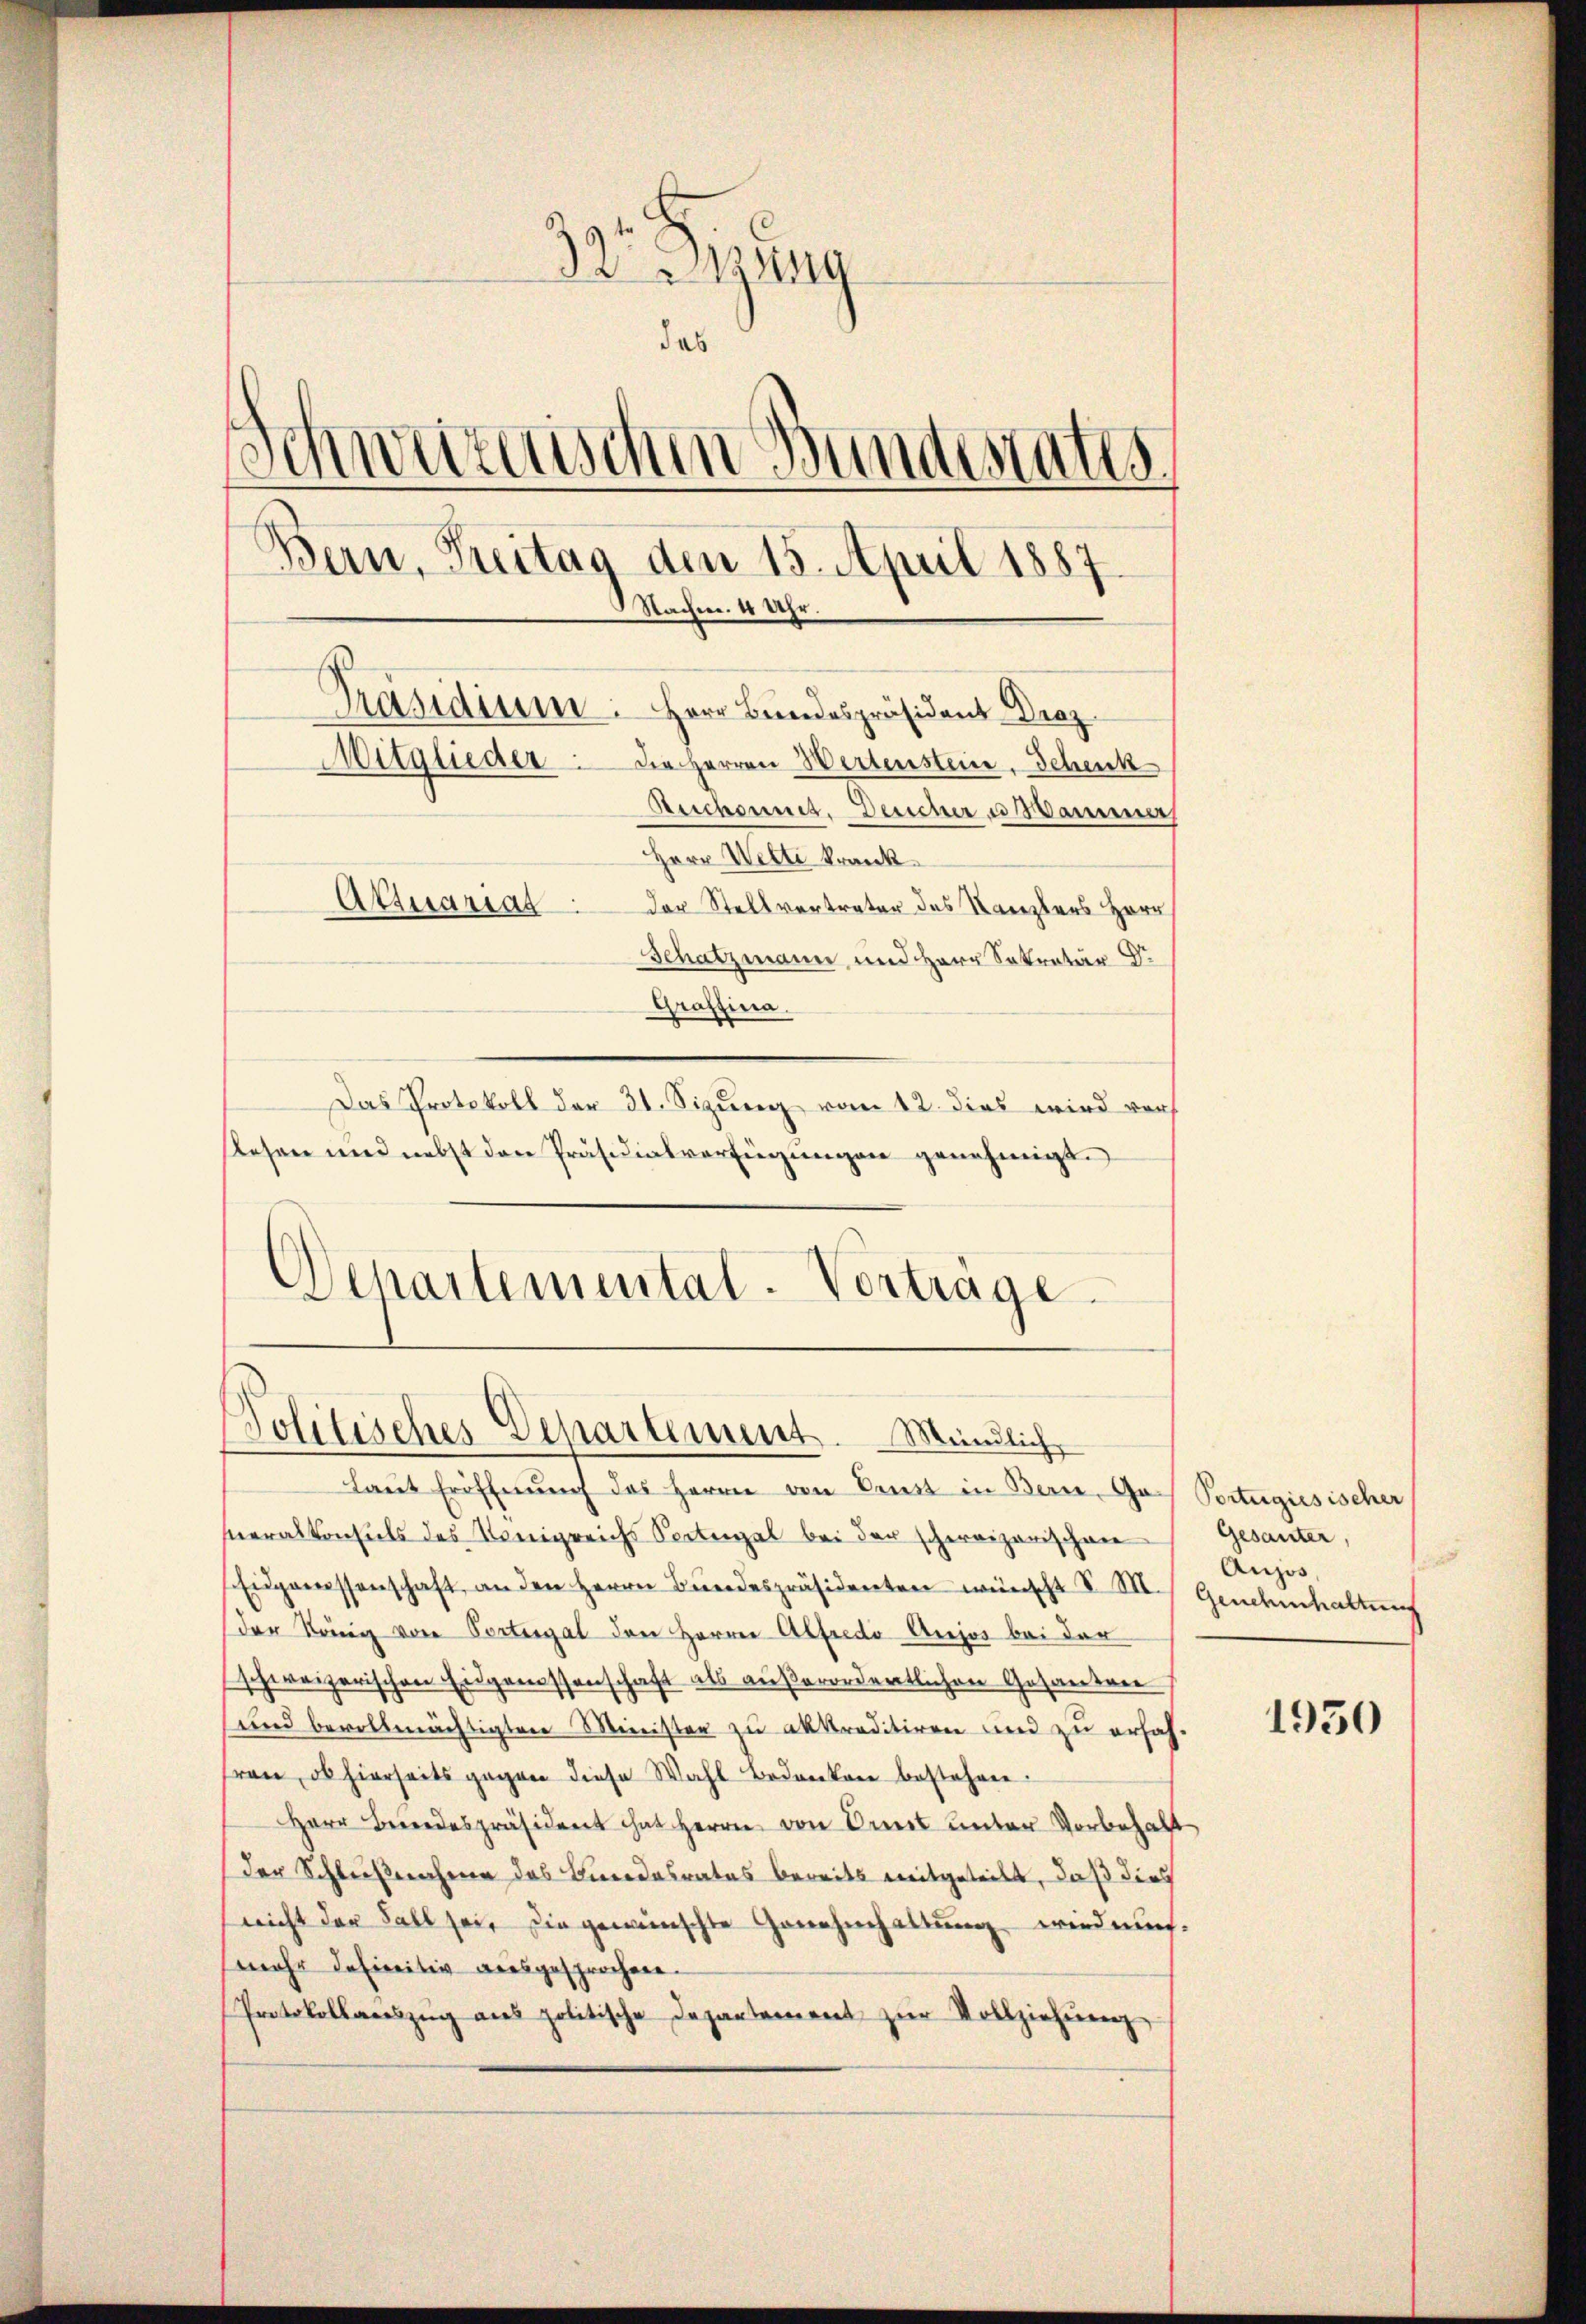
32 Firung
das
Schweizerischen Bundestatis
Bern, Treitag dem 15. April 1887.
Nachm. 4 Uhr.
Präsidium. Herr Bundespräsident Droz.
Mitglieder die Herren Wertenstein, Schenk
Suchennet. Deucher u Sammer
Herr Welti krank
Attuarias
der Stellvertreter des Kanzlers Herr
Schatzmann und Herr Sekretär Dr
Graffina.

Politisches Departement. Mündlich

Laut Eröffnung des Herrn von Prust in Bern, Go. Portugisischer
hneralkonsuls des Königreichs Portugal bei der schweizerischen
Eidgemessenschaft an den Herrn Bŭndespräsidenten wünscht d. M. Gendenhaltung
der König von Portregal den Herrn Alfredo Aujos bei der
schweizerischen Eidgenossenschaft als außerordentlichen Gesandern
und bevollmächtigten Ministen zu akkreditiren und zu erfahren, ob hierseits gegen diese Wahl bedanken bestehen.
Herr Beredespräsident hat Herrn von Arnet unter Vorbehalt
der Schlußnahme das Bundesrates bereits mitgeteilt, daß dies
nicht der Fall sei, die gewünschte Genehmhaltung wird mich.
mehr definitiv ausgesprochen.
Protokollareszŭg aŭs politische Departement zŭr Vollziehŭng

Das Protokoll der 31. Sigung vom 12. dies wird vor
Rlesen und nebst den Präsidialverfügungen genehmigt.
Departemental-Verträge.

Gesanter,
Aujus,

1950